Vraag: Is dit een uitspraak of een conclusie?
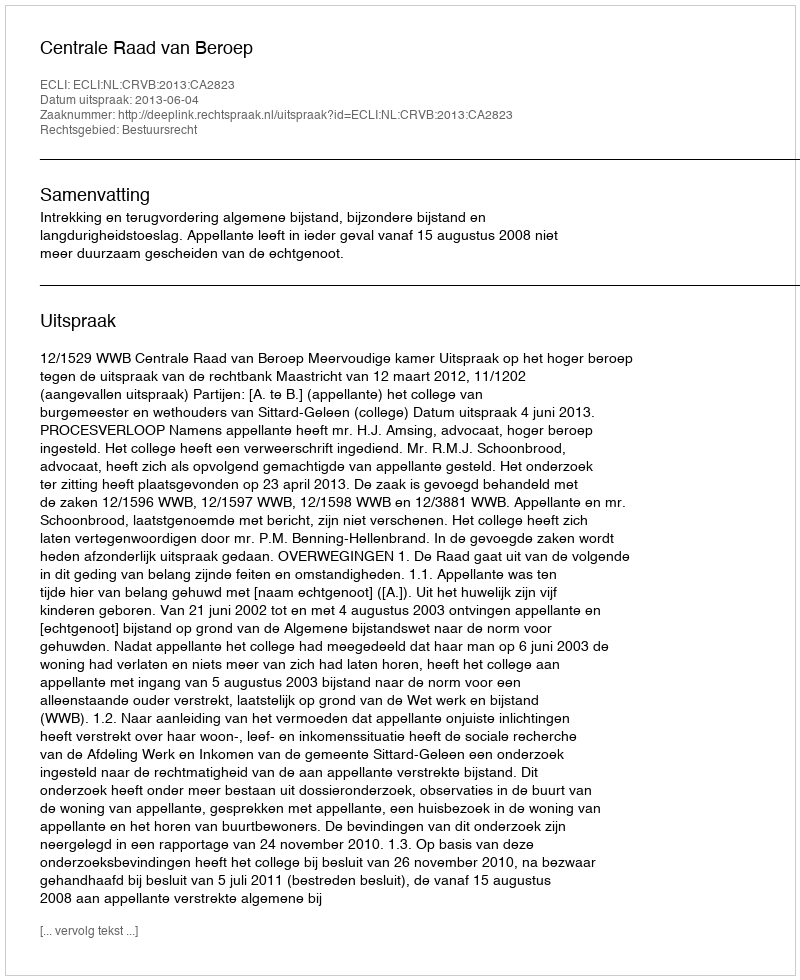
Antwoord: Uitspraak